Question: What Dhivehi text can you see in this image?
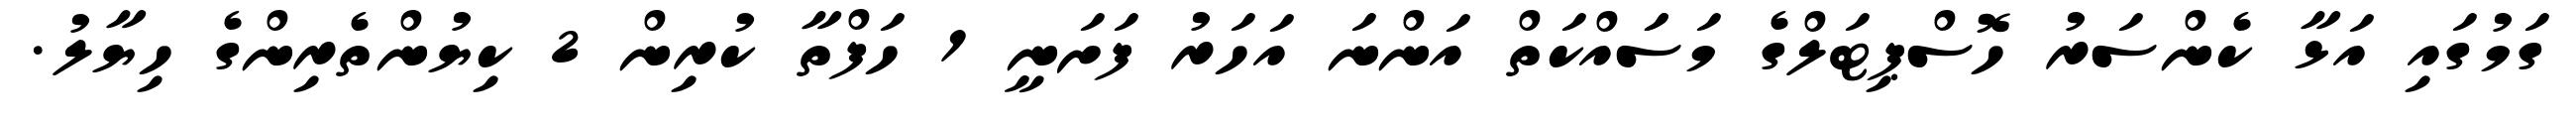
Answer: ގަމުގައި އަޅާ ކެންސަރު ހޮސްޕިޓަލްގެ މަސަައްކަތް އަންނަ އަހަރު ފަށަނީ 1 ހަފްތާ ކުރިން 2 ކިޔުންތެރިންގެ ހިޔާލު.